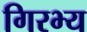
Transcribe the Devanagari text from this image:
गिरभ्य